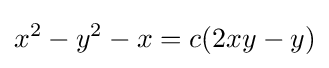
x^{2}-y^{2}-x=c(2xy-y)